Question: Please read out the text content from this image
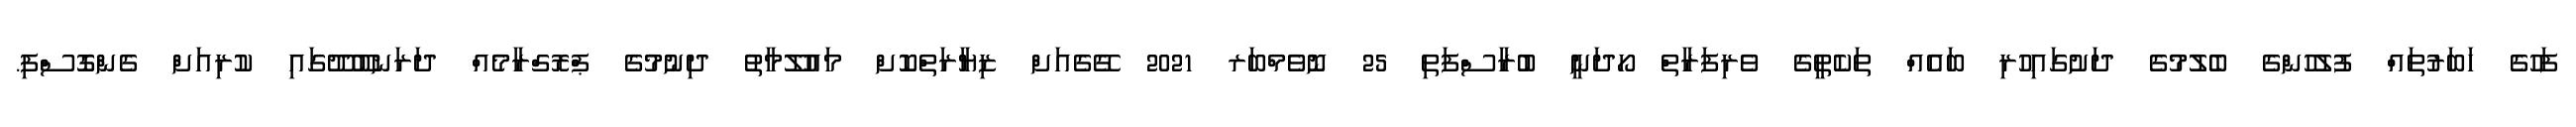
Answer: ފަހުގެ ހަބަރުތައް ފުލުހުންގެ ބެލުމުގެ ދަށުގައިހުރި ބައެއް ތަކެތީގެ ވެރިފަރާތް ހޯދަނީ ބުރާސްފަތި 25 ނޮވެމްބަރ 2021 ގޭގެއަށް ޒިޔާރަތްކޮށް މައުލޫމާތު ދިނުމުގެ ޕްރޮގްރާމެއް ދަރަނބޫދޫގައި ކުރިއަށް ގެންގޮސްފި.